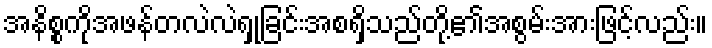
အနိစ္စကိုအဖန်တလဲလဲရှုခြင်းအစရှိသည်တို့၏အစွမ်းအားဖြင့်လည်း။